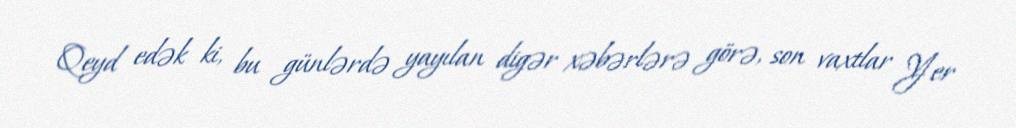
Qeyd edək ki, bu günlərdə yayılan digər xəbərlərə görə, son vaxtlar Yer